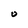
Character: 0